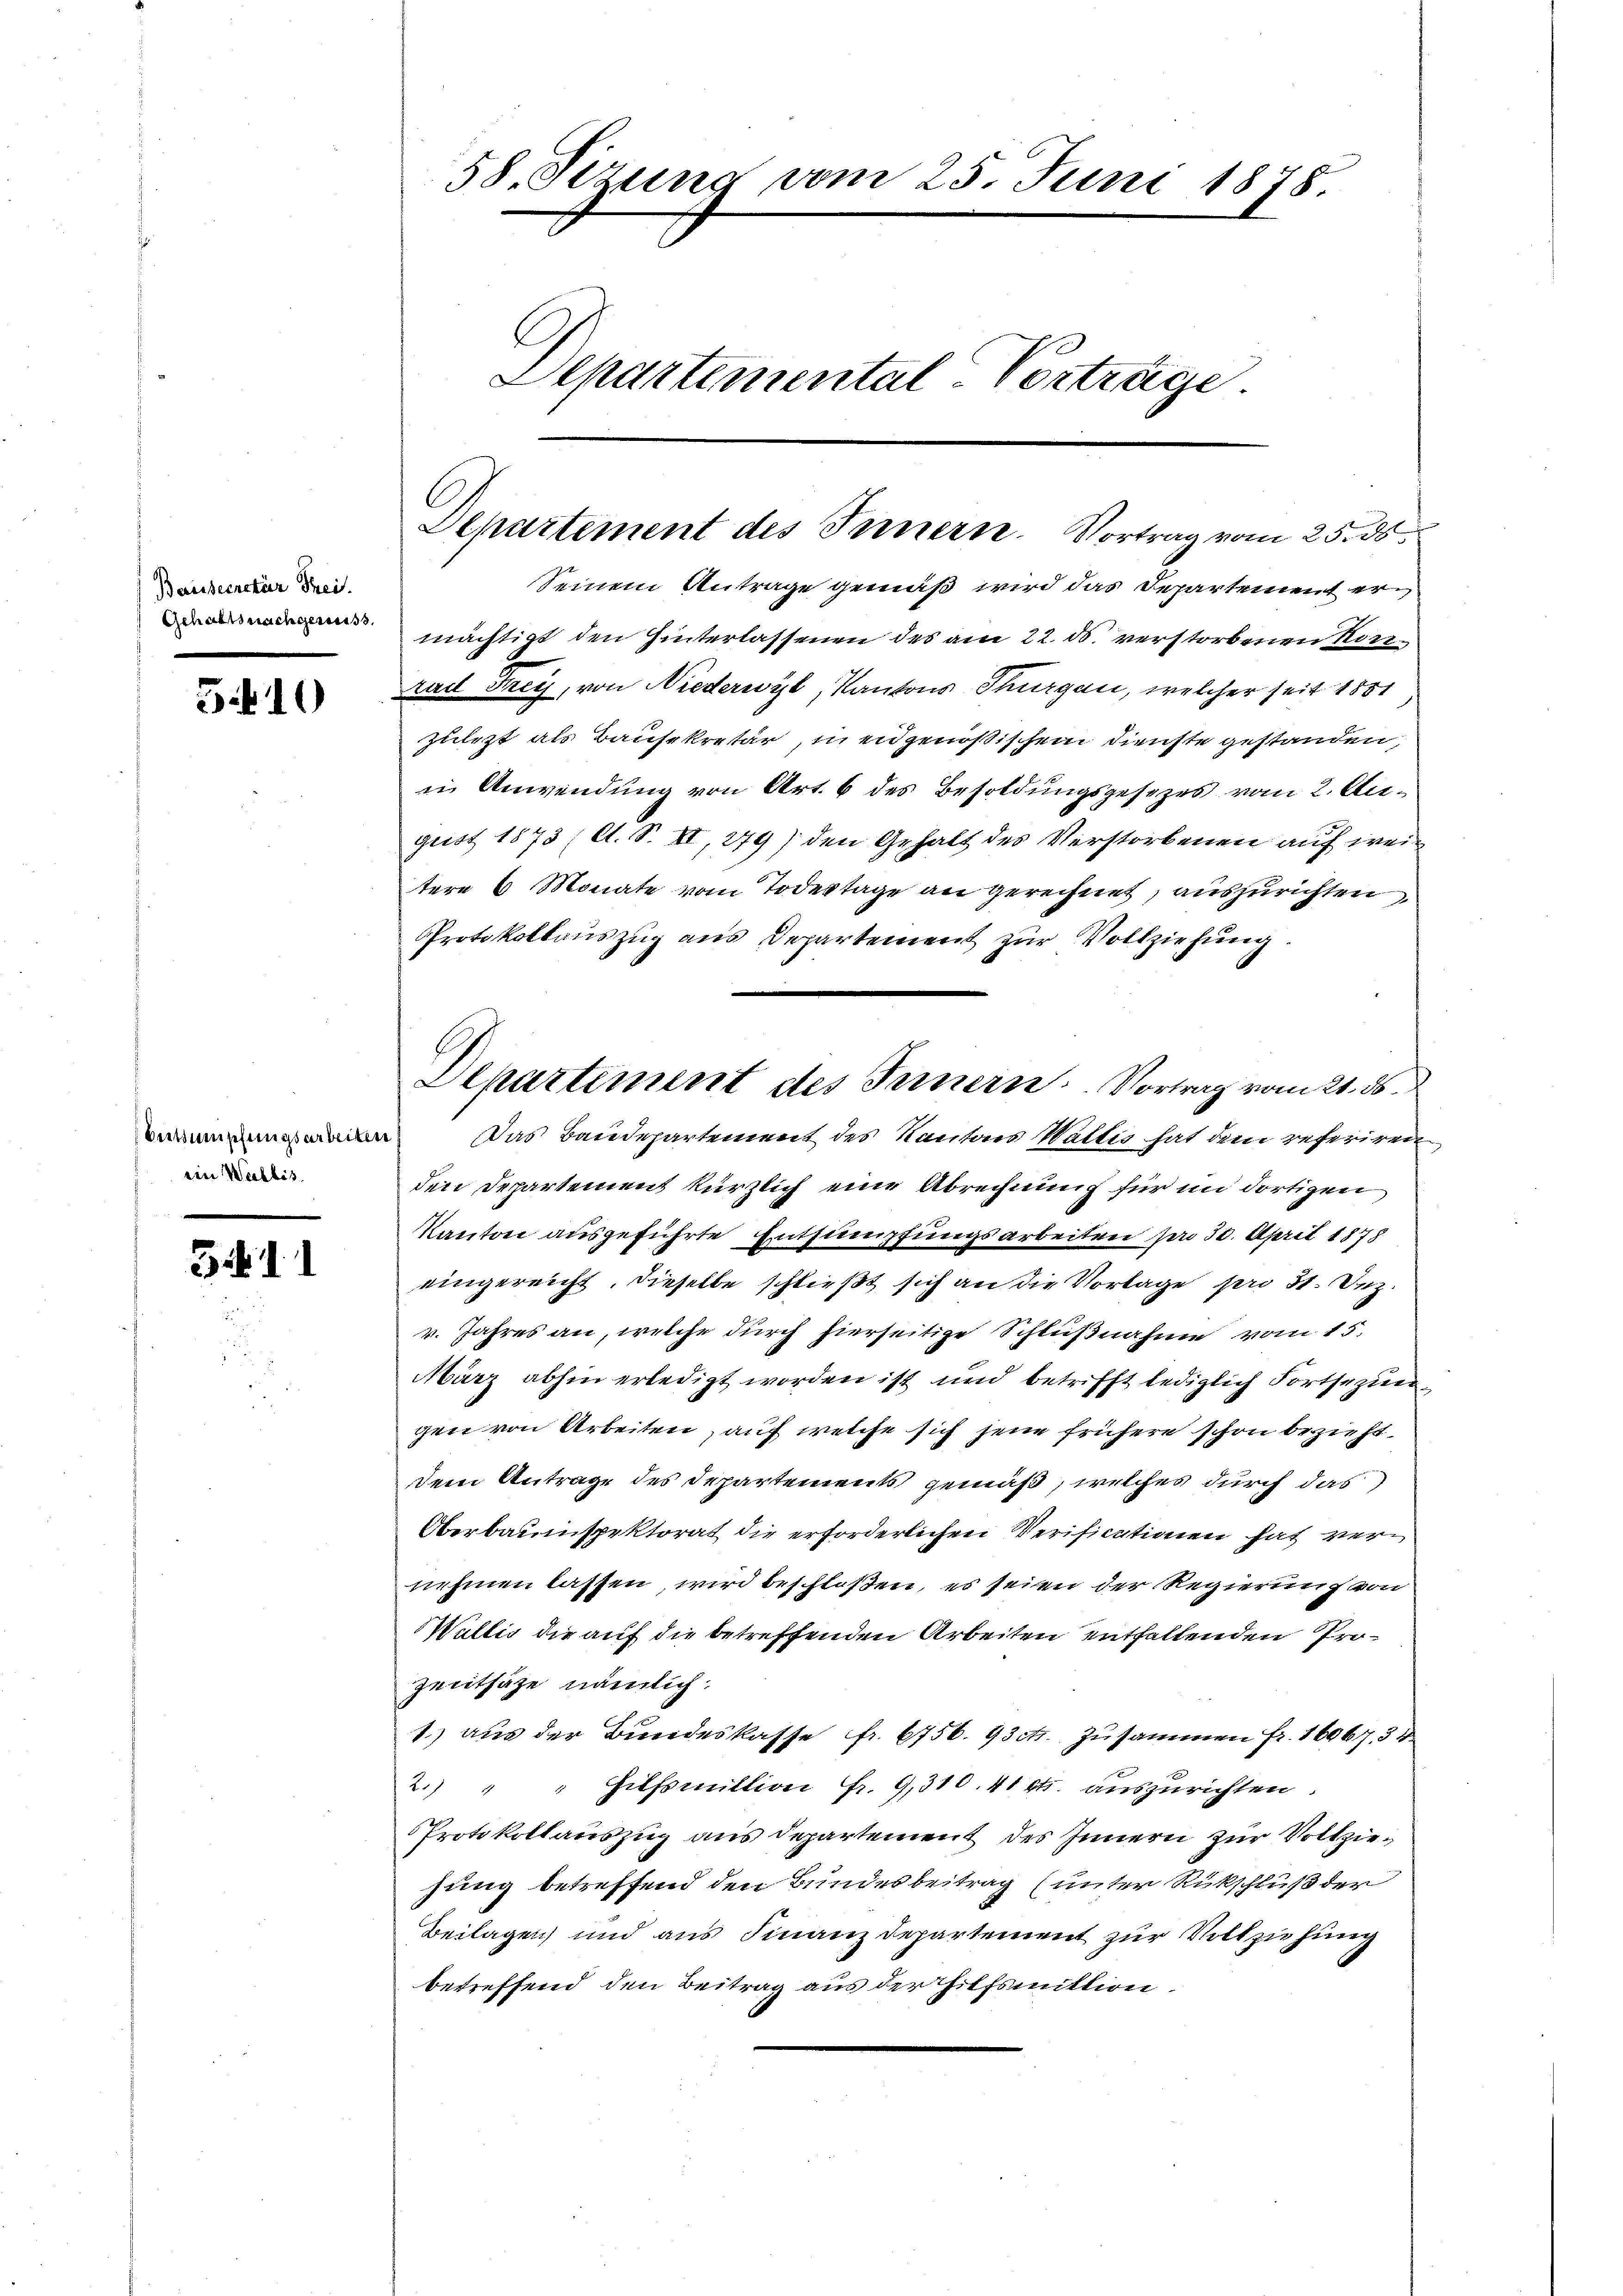
Baiiseenster Trei.
Gehalts nachgewiss.

510

Bertsumpfungsarbeiten
ein Wallis.

3411

58. Ferung vom 25. Juni 1878.
C
Departemental-Vorträge

Departement des Innern. Vortrag vom 25. ds.

Seinem Antrage gemäß wird das Departement ermächtigt den Hinterlassenen des am 22. ds. verstorbenen Konrad Frey, von Niederwyl, Kantons Thurgau, welcher seit 1881
zulezt als Bausekretär, in eidgenößischem Dienste gestanden,
in Anwendung von Art. 6 des Besoldungsgesetzes vom 2. August 1873 (lt. S. II, 249) den Gehalt des Verstorbenen auf weitere 6 Monate vom Todestage an gerechnet, auszurichten,
Protokollauszug aus Departement zur Vollziehung.
 Das Baudepartement des Kantons Wallis hat dem referiren,
den Departement kürzlich eine Abrechnung für im dortigen
Kanton ausgeführte Entsumpfungsarbeiten den 30. April 1878
eingereicht, dieselbe schließt sich an die Vorlage pro 31. Dez.
v. Jahres an, welche durch hierseitige Schlußnahme vom 15.
März abhin erledigt worden ist und betrifft lediglich Fortsezun
gen von Arbeiten, auf welche sich jene frühere schon bezieht,
dem Antrage des Departements gemäß, welches durch das
Oberbauinspektorat die erforderlichen Verificationen hat vernehmen lassen, wird beschloßen, es seien der Regierung von
Wallis die auf die betreffenden Arbeiten entfallenden Pro¬
Zeitsähe nämlich
1.) aus der Bundeskasse fr. 6756. 93. zusammen fr. 16067. 34.
2.) " " Hilfsmillion Fr. 9,310. 41 st. auszurichten.
Protokollauszug aus Departement des Innern zur Vollziesung betreffend den Bundesbeitrag (unter Rückschluß der
Beilagen und aus Finanzdepartement zur Vollziehung
betreffend den Beitrag aus der Hilfsmittion.

Departement des Innern. Vortrag vom 21. ds.